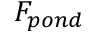
F _ { p o n d }